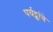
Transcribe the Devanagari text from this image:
पर्यट्कांचे